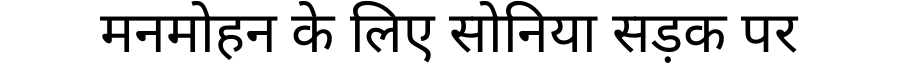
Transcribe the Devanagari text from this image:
मनमोहन के लिए सोनिया सड़क पर